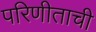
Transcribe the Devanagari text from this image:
परिणीताची